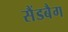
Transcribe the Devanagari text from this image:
सैंडबैग